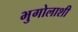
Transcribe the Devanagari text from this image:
भुगोलाशी